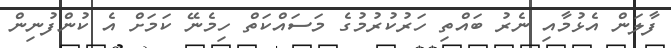
ފާލަން އެޅުމާއި ނެރު ބައްތި ހަރުކުރުމުގެ މަސައްކަތް ހިމެނޭ ކަމަށް އެ ކުންފުނިން